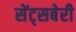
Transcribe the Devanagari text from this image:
सेंट्सबेरी